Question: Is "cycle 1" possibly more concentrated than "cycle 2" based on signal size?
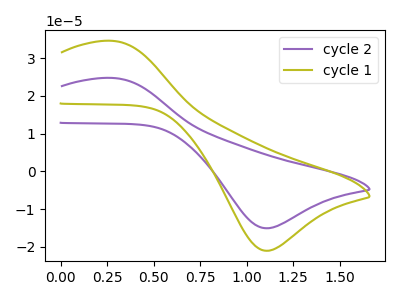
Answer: <think>The purple curve "cycle 2" has an anodic peak at (0.25V, 24.75uA) and a cathodic peak at (1.10V, -15.00uA). The olive curve "cycle 1" has an anodic peak at (0.25V, 34.60uA) and a cathodic peak at (1.10V, -21.00uA).
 All the peaks in "cycle 1" have a peak in "cycle 2" at the same potential. Every peak in "cycle 1" is higher than every peak in "cycle 2".</think>
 <answer>"cycle 1" has more signal than "cycle 2".</answer>
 <eval>more_signal</eval>